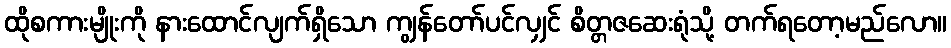
ထိုစကားမျိုးကို နားထောင်လျက်ရှိသော ကျွန်တော်ပင်လျှင် စိတ္တဇဆေးရုံသို့ တက်ရတော့မည်လော။